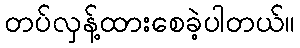
တပ်လှန့်ထားစေခဲ့ပါတယ်။